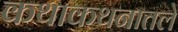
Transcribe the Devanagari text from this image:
कथाकथनातले